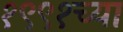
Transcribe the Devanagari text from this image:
१९९१च्या